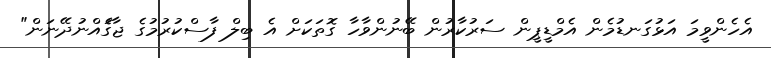
އެހެންވީމަ އަޅުގަނޑުމެން އެމްޑީޕީން ސަރުކާރުން ބޭނުންވާހާ ގޮތަކަށް އެ ބިލް ފާސްކުރުމުގެ ޖާގަެއްނުދޭނަން"